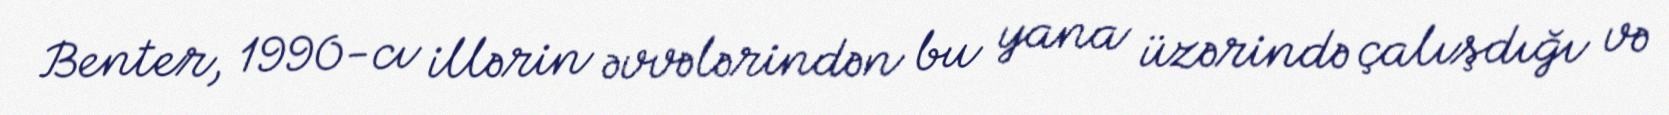
Benter, 1990-cı illərin əvvələrindən bu yana üzərində çalışdığı və